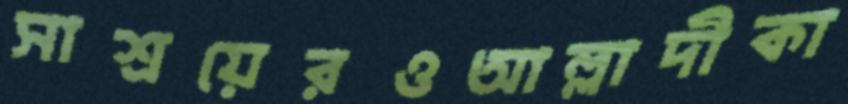
সাশ্রয়েরওআল্লাদীকা